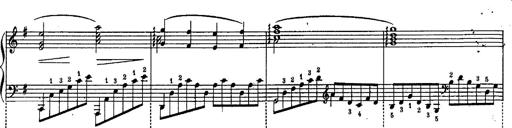
Title: Schubert's Impromptus [revised and edited by Franz Liszt]
Composer: Franz Liszt